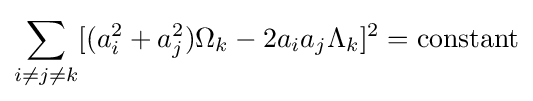
\sum _{i\neq j\neq k}[(a_{i}^{2}+a_{j}^{2})\Omega _{k}-2a_{i}a_{j}\Lambda _{k}]^{2}={\text{constant}}